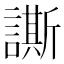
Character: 𧬜